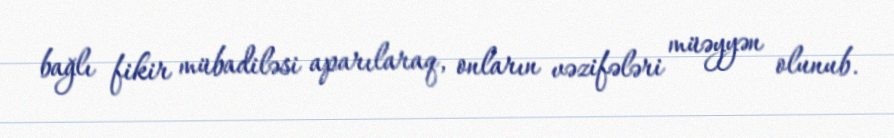
bağlı fikir mübadiləsi aparılaraq, onların vəzifələri müəyyən olunub.